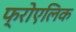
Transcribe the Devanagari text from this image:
फ्रोएलिक